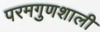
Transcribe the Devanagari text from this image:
परमगुणशाली